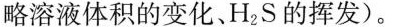
略溶液体积的变化、H_{2}S的挥发)。